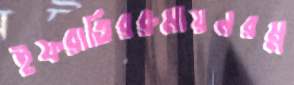
ইফরাতিররুমায়নরম্ন